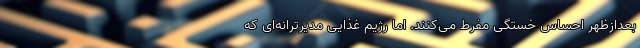
بعدازظهر احساس خستگی مفرط می‌کنند. اما رژیم غذایی مدیرترانه‌ای که